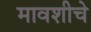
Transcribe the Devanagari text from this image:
मावशीचे